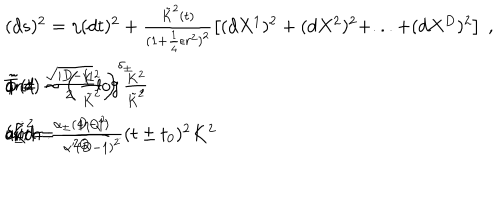
\begin{array} { l } { { ( d s ) ^ { 2 } = \eta ( d t ) ^ { 2 } + \frac { \tilde { K } ^ { 2 } ( t ) } { ( 1 + \frac { 1 } { 4 } \epsilon r ^ { 2 } ) ^ { 2 } } \left[ ( d X ^ { 1 } ) ^ { 2 } + ( d X ^ { 2 } ) ^ { 2 } + . . . + ( d X ^ { D } ) ^ { 2 } \right] \ , } } \\ { { \tilde { \phi } = \frac { \sqrt { | D - 1 | } } { 2 } \log \frac { K ^ { 2 } } { \tilde { K } ^ { 2 } } \hspace { 1 0 m m } \mathrm { a n d } \hspace { 1 0 m m } \tilde { T } ( t ) \sim \left( \frac { K ^ { 2 } } { \tilde { K } ^ { 2 } } \right) ^ { \delta _ { \pm } } \ , } } \\ { { \mathrm { w i t h } : \hspace { 1 0 m m } \tilde { K } ^ { 2 } = \frac { 4 \eta Q ^ { 2 } } { \alpha ^ { \prime } ( D - 1 ) ^ { 2 } } ( t \pm t _ { 0 } ) ^ { 2 } K ^ { 2 } \hspace { 1 0 m m } \mathrm { a n d } \hspace { 1 0 m m } \delta _ { \pm } = \frac { \alpha _ { \pm } ( D - 1 ) } { 2 Q } \ . } } \\ \end{array}